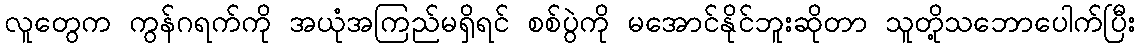
လူတွေက ကွန်ဂရက်ကို အယုံအကြည်မရှိရင် စစ်ပွဲကို မအောင်နိုင်ဘူးဆိုတာ သူတို့သဘောပေါက်ပြီး